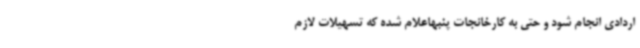
اردادی انجام شود و حتی به کارخانجات پنبهاعلام شده که تسهیلات لازم